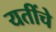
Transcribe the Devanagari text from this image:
यतींचे